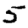
Digit: 5